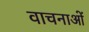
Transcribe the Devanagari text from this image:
वाचनाओं